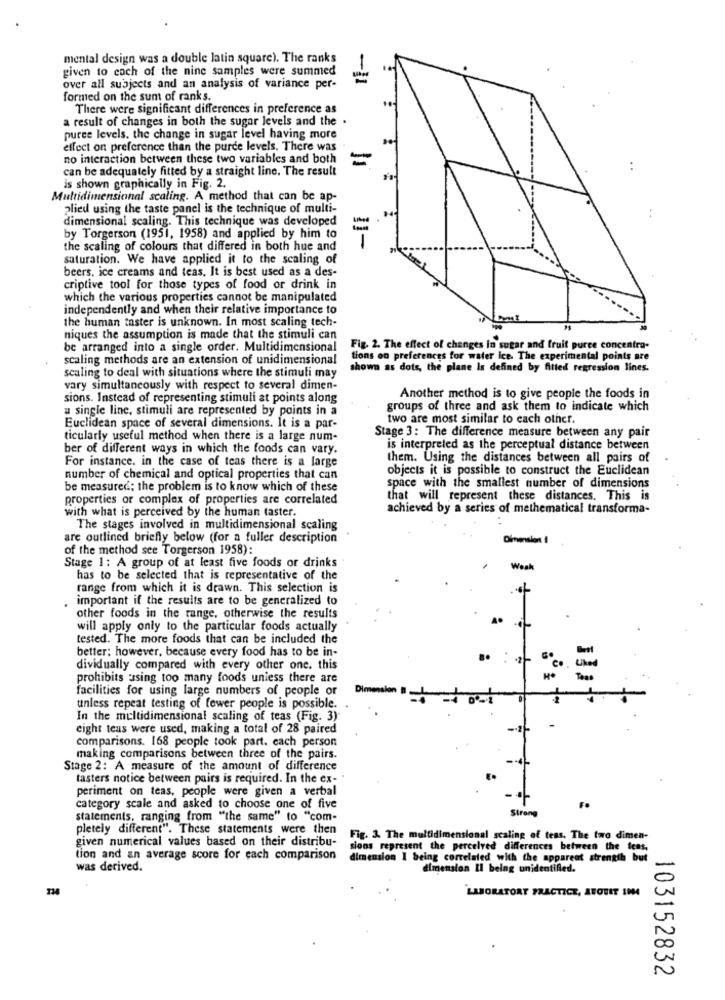
mental design was a double latin square). The ranks
given to cach of the nine samples were summed
-1
over all subjects and an analysis of variance per-
formed on the sum of ranks.
There were significant differences in preference as
a result of changes in both the sugar levels and the .
puree levels. the change in sugar level having more
effect on preference than the purde levels. There was
no interaction between these two variables and both
=
can be adequately fitted by a straight line. The result
is shown graphically in Fig. 2.
Multidimensional scaling. A method that can be ap-
plied using the taste panel is the technique of multi-
dimensional scaling. This technique was developed
by Torgerson (1951, 1958) and applied by him to
the scaling of colours that differed in both hue and
11-
saturation. We have applied it to the scaling of
beers, ice creams and teas. It is best used as a des-
criptive tool for those types of food or drink in
which the various properties cannot be manipulated
independently and when their relative importance to
the human taster is unknown. In most scaling tech-
niques the assumption is made that the stimuli can
be arranged into a single order. Multidimensional
Fig. 2. The effect of changes in sugar and fruit puree concentra-
scaling methods are an extension of unidimensional
tions oo preferences for water ice. The experimental points are
scaling to deal with situations where the stimuli may
shown as dots, the plane Is defined by fitted regression lines.
vary simultaneously with respect to several dimen-
sions. Instead of representing stimuli at points along
Another method is to give people the foods in
u single line, stimuli are represented by points in a
groups of three and ask them to indicate which
two are most similar to each other.
Euclidean space of several dimensions. It is a par-
ticularly useful method when there is a large num-
Stage 3: The difference measure between any pair
ber of different ways in which the foods can vary.
is interpreted as the perceptual distance between
For instance. in the case of teas there is a large
them. Using the distances between all pairs of
objects it is possible to construct the Euclidean
number of chemical and optical properties that can
be measured; the problem is to know which of these
space with the smallest number of dimensions
properties or complex of properties are correlated
that will represent these distances. This is
with what is perceived by the human taster.
achieved by a series of methematical transforma-
The stages involved in multidimensional scaling
are outlined briefly below (for a fuller description
Dimension !
of the method see Torgerson 1958):
Stage 1: A group of at least five foods or drinks
Weah
has to be selected that is representative of the
range from which it is drawn. This selection is
important if the results are to be generalized to
other foods in the range, otherwise the results
will apply only to the particular foods actually
tested. The more foods that can be included the
better; however, because every food has to be in-
dividually compared with every other one. this
prohibits using too many foods unless there are
facilities for using large numbers of people or
Dimension
unless repeat testing of fewer people is possible.
In the multidimensional scaling of teas (Fig. 3)
eight teas were used, making a total of 28 paired
comparisons. 168 people took part. each person
making comparisons between three of the pairs.
Stage 2: A measure of the amount of difference
tasters notice between pairs is required. In the ex- .
periment on teas, people were given a verbal
category scale and asked to choose one of five
Strong
F.
statements, ranging from "the same" to "com-
pletely different". These statements were then
given numerical values based on their distribu-
Fig. 3. The multidimensional scaling of tens. The two dimen-
sions represent the percelved differences between the tens,
tion and an average score for each comparison
dimension I being correlated with the apparent strength but
was derived.
dimension Il being unidentified.
734
LABORATORY PRACTICE, AVOUIT IN04
103152832